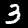
Label: 3